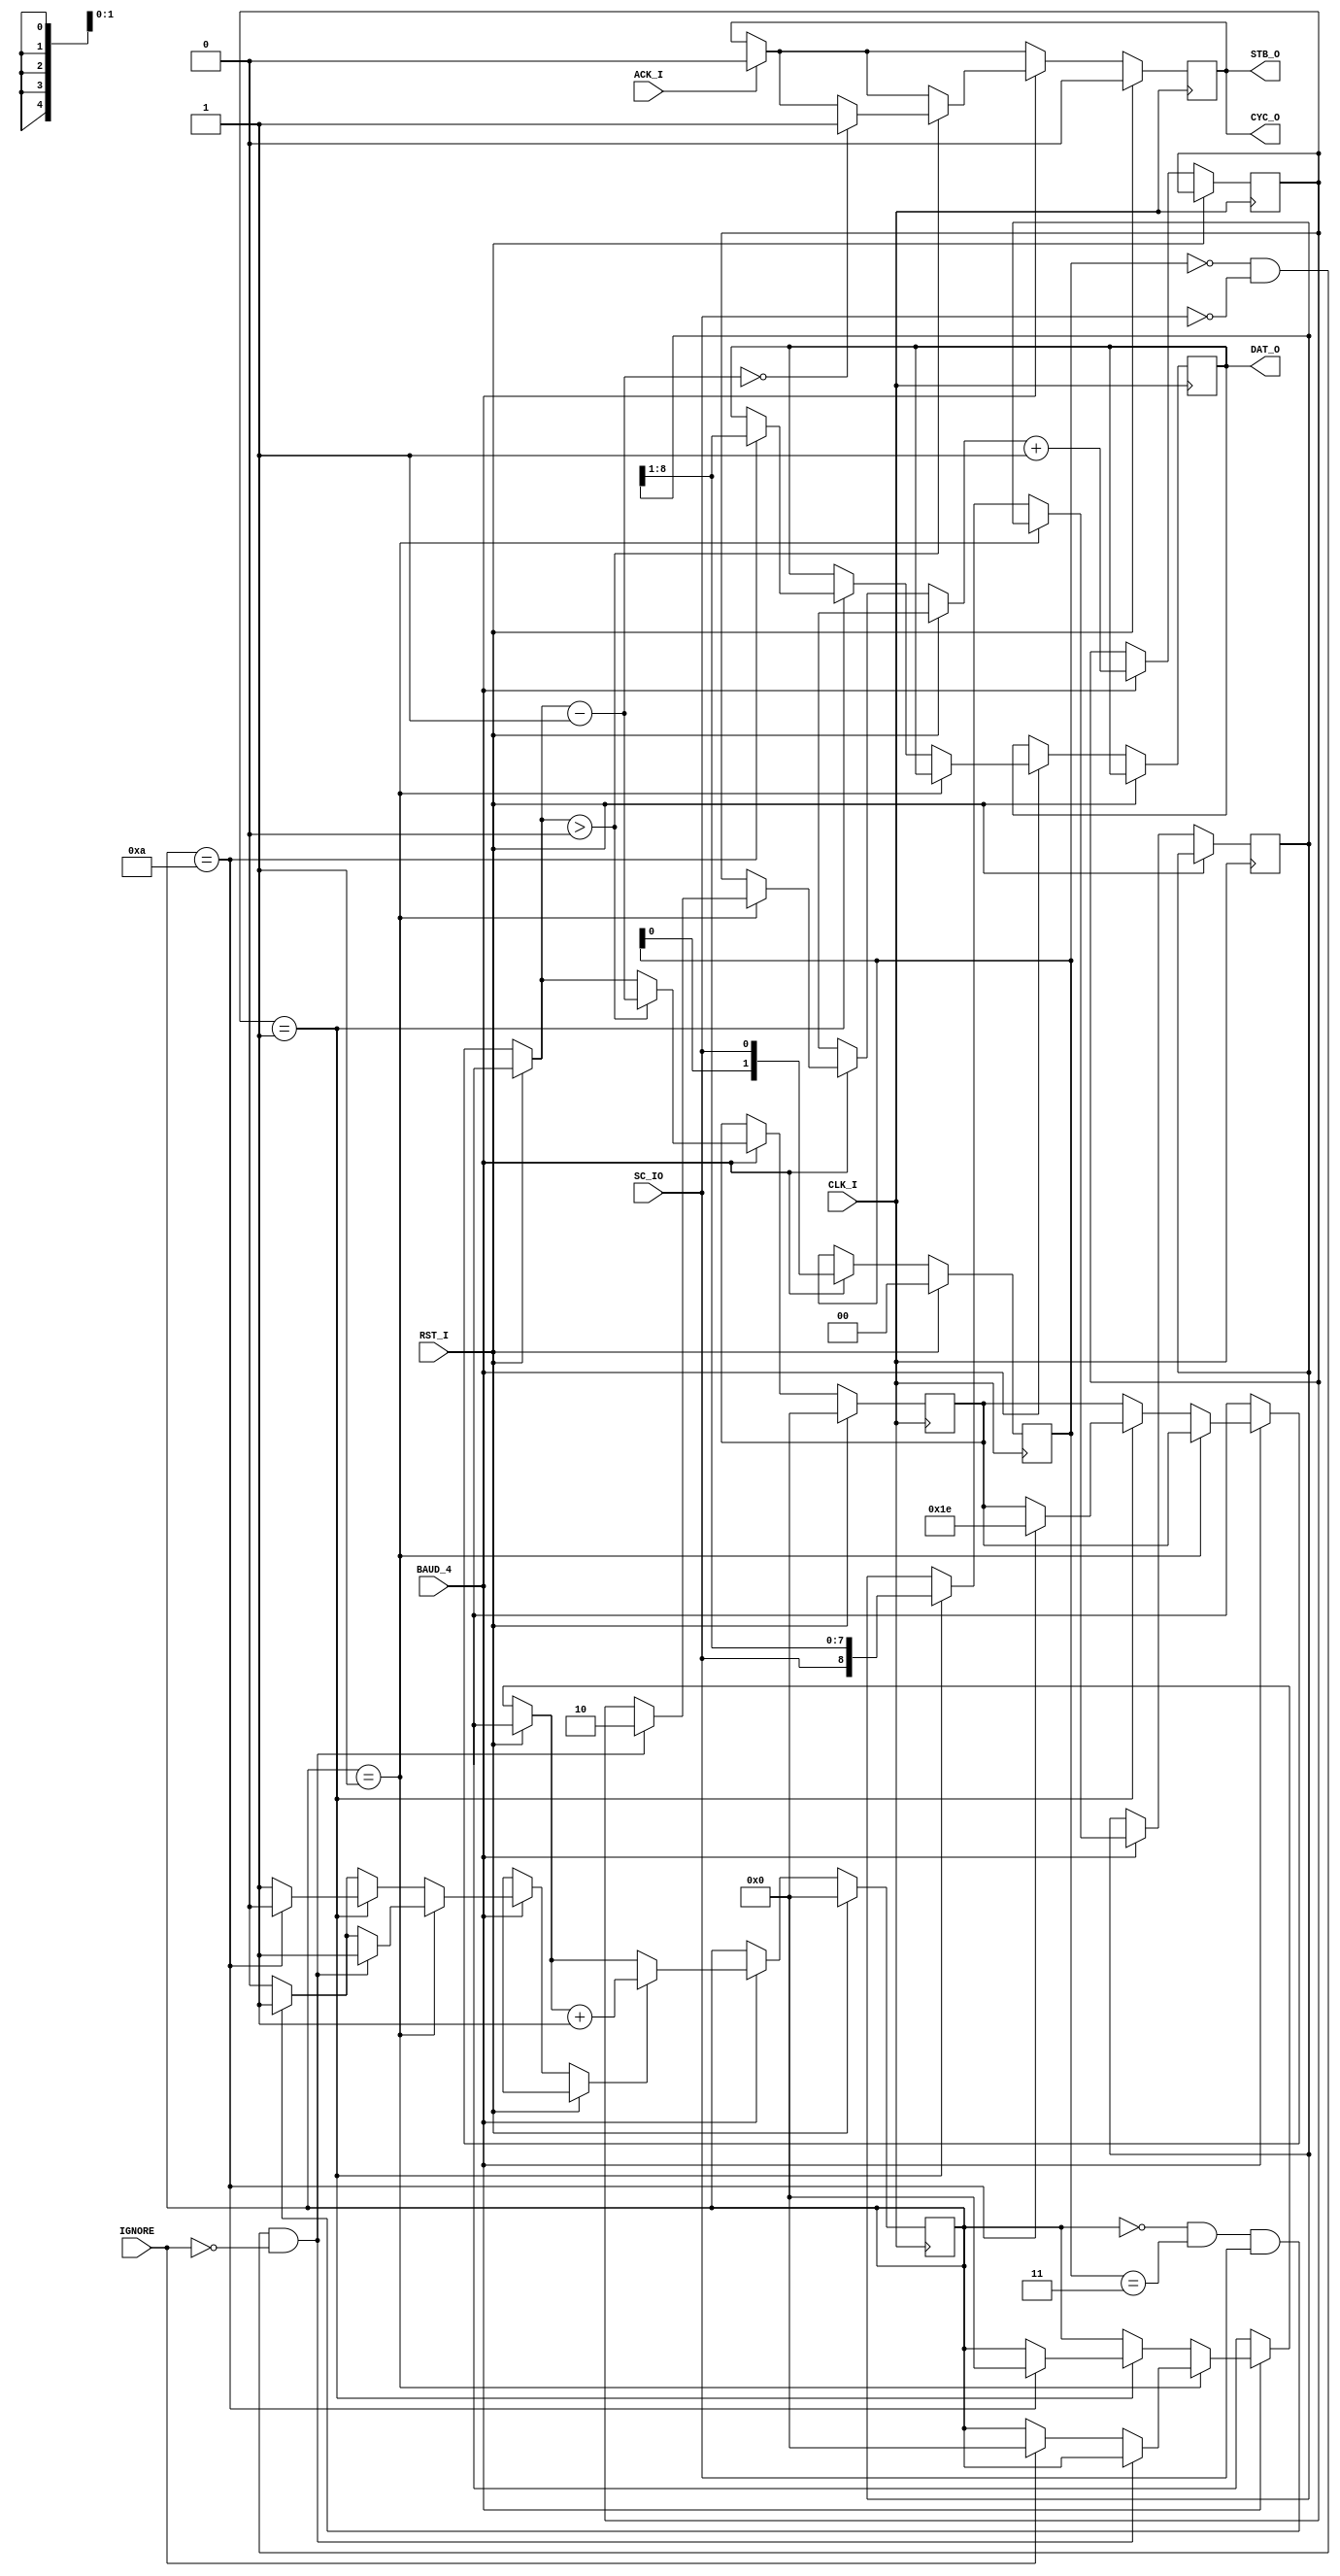
/*
  Verilog implementation of the iso7816-3 smartcard interface.
  Copyright (C) 2003 Blaise Gassend <blaise at gassend dot com>
  
  This program is free software; you can redistribute it and/or
  modify it under the terms of the GNU General Public License
  as published by the Free Software Foundation; either version 2
  of the License, or (at your option) any later version.
  
  This program is distributed in the hope that it will be useful,
  but WITHOUT ANY WARRANTY; without even the implied warranty of
  MERCHANTABILITY or FITNESS FOR A PARTICULAR PURPOSE.  See the
  GNU General Public License for more details.
  
  You should have received a copy of the GNU General Public License
  along with this program; if not, write to the Free Software
  Foundation, Inc., 59 Temple Place - Suite 330, Boston, MA  02111-1307, USA.
*/

// Gets data from an asynchronous serial line and outputs it on a Wishbone
// interface. The Wishbone interface is expected to answer long before the
// next character arrives.

// Todo:
// Detect errors

//`define inBuffDebug

module inshifter(CLK_I, CYC_O, STB_O, ACK_I, RST_I, DAT_O, SC_IO, IGNORE, BAUD_4);

  // *****************
  // Interface signals
  // *****************

  // Master Wishbone interface signals.
  input CLK_I; // This signal also serves as the main clock for this module.
  output CYC_O;
  output STB_O;
  output [7:0] DAT_O;
  input ACK_I;
  input RST_I;

  input SC_IO;
  input IGNORE; // Doesn't start receiving when this bit is set.
  input BAUD_4; // Impulses at baud rate x4.
  
  // ******************
  // Signal definitions
  // ******************

  reg [1:0] phase;
  reg [1:0] prevSamples = 0;
  reg [4:0] bitCounter = 0;
  reg [8:0] inShifter = 0;
  reg STB_O = 0; 
  reg nextBit = 0;
  reg [7:0] DAT_O;
  reg [4:0] outputCount = 0;
            
`ifdef inBuffDebug
  reg [127:0] history = 128'h0123456789abcdef0123456789abcdef; // DEBUG
  reg [7:0] historyCount = 0; // DEBUG
  wire dummy; // DEBUG
  jtag#(128,8) jtag(.CK(CLK_I), .IN1(history), .IN2(historyCount), .UPDATE1(dummy)); // DEBUG
`endif
  
  // *****
  // Logic
  // *****

  assign CYC_O = STB_O;

  always @(posedge CLK_I)
  begin                 
    nextBit = 0;
    
`ifdef inBuffDebug
    if (dummy && inShifter == 10'hab && DAT_O == 8'h79) DAT_O <= 0; // DEBUG
`endif    
    if (ACK_I)
      STB_O <= 0;
    
    if (RST_I)
    begin // We are being reset.
      bitCounter = 0;
      STB_O <= 0;
      prevSamples = 0;
      outputCount = 0;
    end

    else // We are not being reset.
    begin
      if (BAUD_4)
      begin // A baud tick has occured.
        if (bitCounter == 0 && prevSamples == 3 && SC_IO == 1)
	begin // We are waiting for a high before the start bit.
	  nextBit = 1;
        end
      
	if (bitCounter == 1)
	begin
	  if (prevSamples == 0 && SC_IO == 0 && IGNORE == 0)
	  begin // We are waiting for start bit.
	    phase = 2;
	    nextBit = 1;
          end 
	  else if (IGNORE)
	    bitCounter = 0;
	end
	  
	else if (phase == 1)
	begin // We just got a bit.
	  inShifter <= { SC_IO, inShifter[8:1] };
	  // FIXME Could detect error here.
	  nextBit = 1;
	  if (bitCounter == 10)
	  begin // Done receiving
            DAT_O <= inShifter[8:1];
`ifdef inBuffDebug
	    history = {history[119:0], inShifter[8:1]}; // DEBUG
	    historyCount = historyCount + 1; // DEBUG
`endif
	    bitCounter = 0;
	    nextBit = 0;
	    outputCount = 30; //12;
	    // FIXME Should check for parity here.
	  end
	end

	// Always update the prevSamples and phase when a baud tick occurs.
	prevSamples = {prevSamples[0], SC_IO};
	phase = phase + 1;
	if (nextBit != 0)
	  bitCounter = bitCounter + 1;
    
        if (outputCount > 0)
        begin
          outputCount = outputCount - 1;
          if (outputCount == 0)
            STB_O <= 1;
        end
      end
    end
  end

endmodule